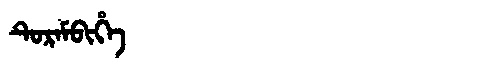
Manchu: ᡨᡠᡵᠠᠮᠪᡳᡥᡝ
Romanization: TURAMBIHE